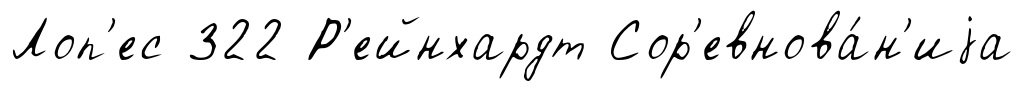
Лоп'ес 322 Р'ейнхардт Сор'евнова́н'иjа